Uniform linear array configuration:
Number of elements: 4
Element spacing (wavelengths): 1
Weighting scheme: exponential
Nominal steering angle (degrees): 45
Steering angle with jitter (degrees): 43.653
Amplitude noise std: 0.05
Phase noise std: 0.05

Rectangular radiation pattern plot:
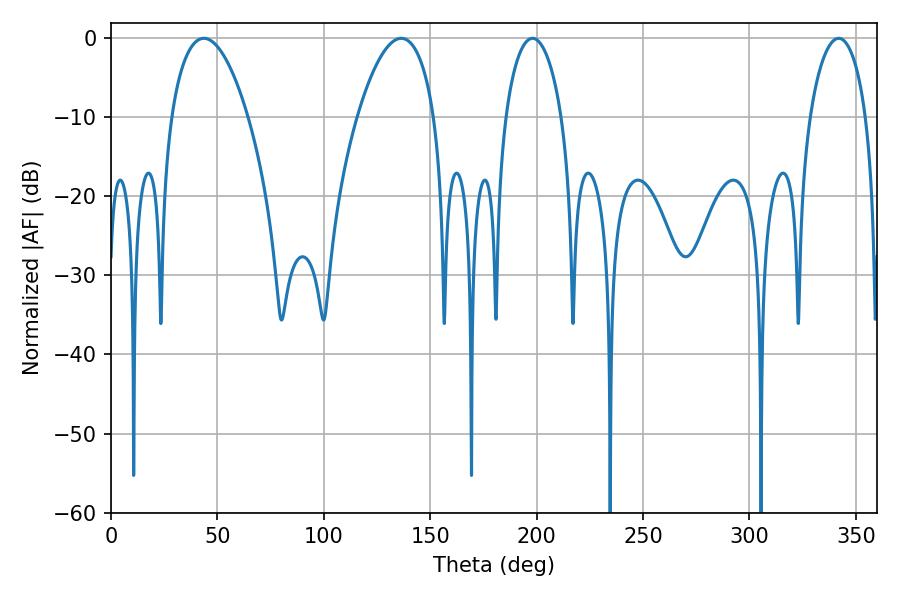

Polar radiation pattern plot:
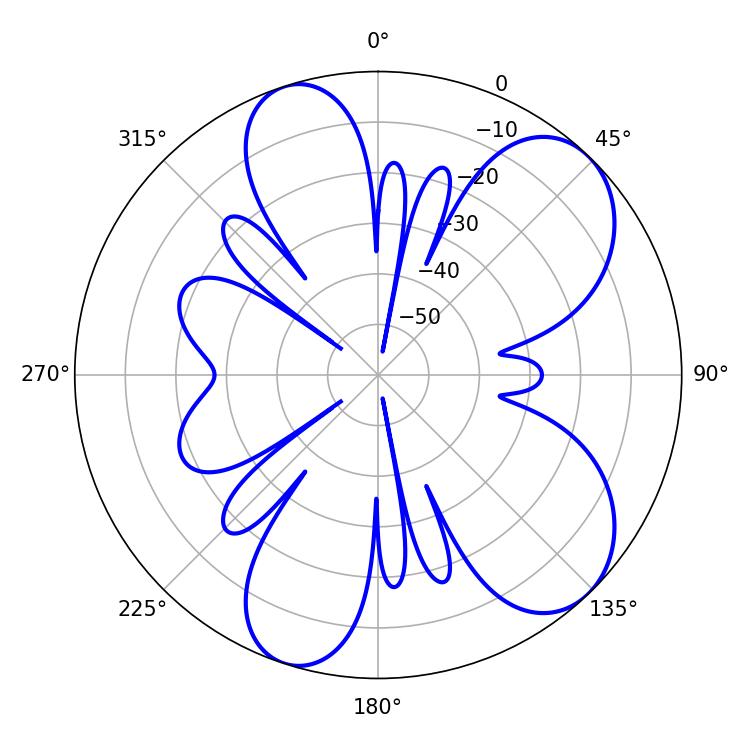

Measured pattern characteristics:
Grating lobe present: TRUE
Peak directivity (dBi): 7.687
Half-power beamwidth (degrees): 20.16
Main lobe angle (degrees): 43.56